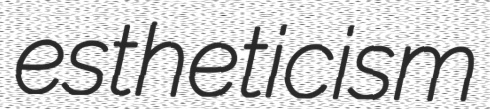
estheticism